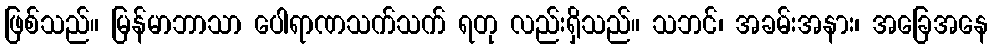
ဖြစ်သည်။ မြန်မာဘာသာ ပေါရာဏသက်သက် ရတု လည်းရှိသည်။ သဘင်၊ အခမ်းအနား၊ အခြေအနေ